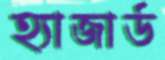
হ্যাজার্ড